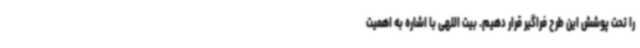
را تحت پوشش این طرح فراگیر قرار دهیم. بیت اللهی با اشاره به اهمیت